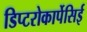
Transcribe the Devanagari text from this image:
डिप्टरोकार्पेसिई